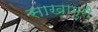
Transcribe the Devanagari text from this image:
साखामुरी